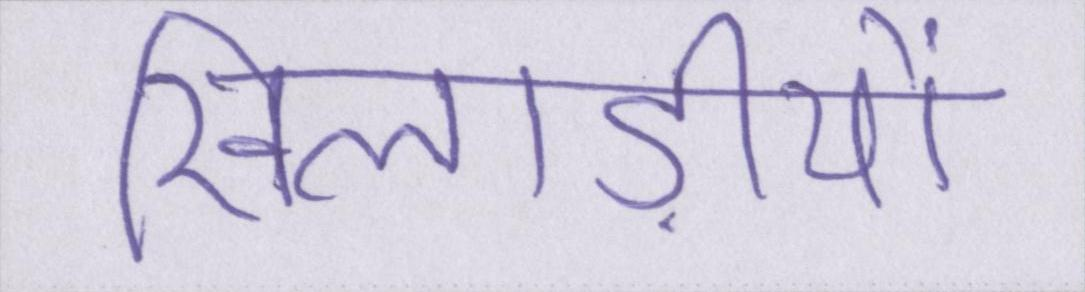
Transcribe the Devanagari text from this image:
खिलाड़ीयों